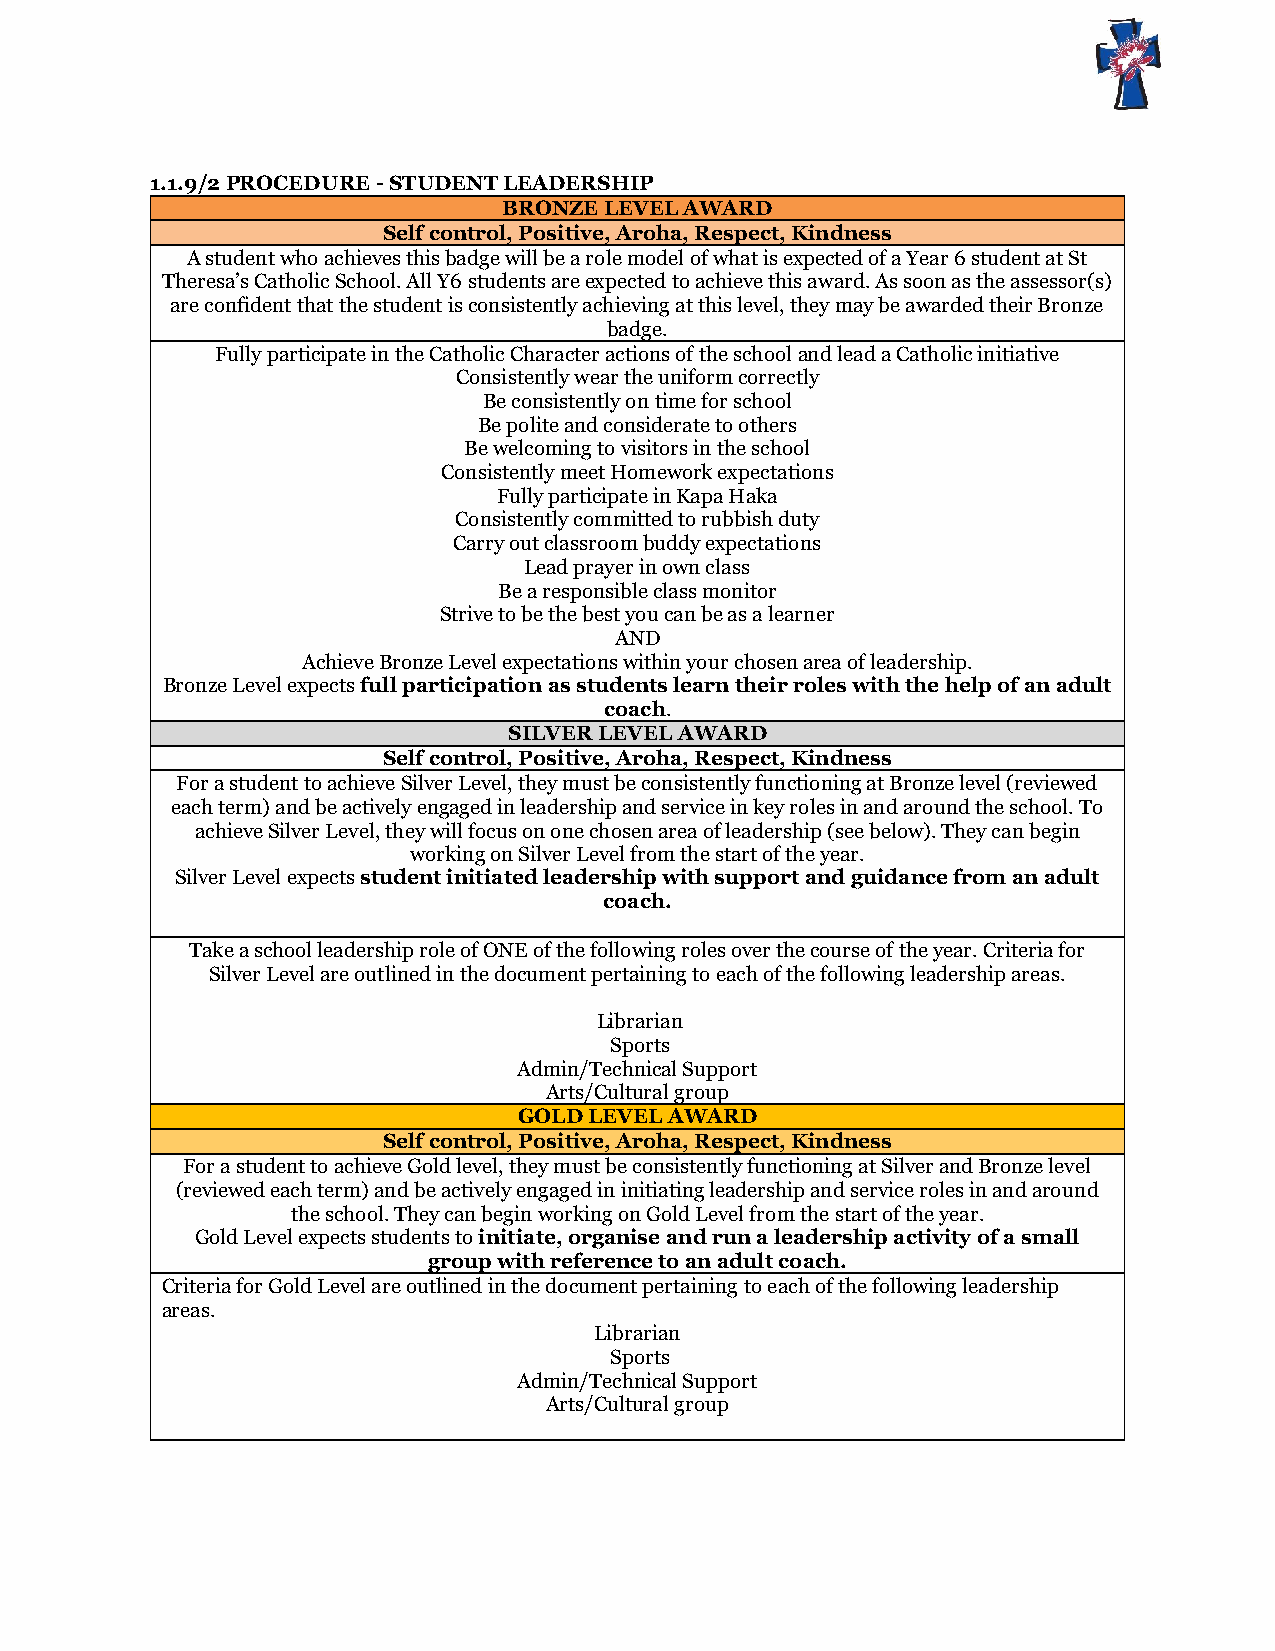
1.1.9/2 PROCEDURE - STUDENT LEADERSHIP
 BRONZE LEVEL AWARD
 Self control, Positive, Aroha, Respect, Kindness
 A student who achieves this badge will be a role model of what is expected of a Year 6 student at St
 Theresa’s Catholic School. All Y6 students are expected to achieve this award. As soon as the assessor(s)
 are confident that the student is consistently achieving at this level, they may be awarded their Bronze
 badge.
 Fully participate in the Catholic Character actions of the school and lead a Catholic initiative
 Consistently wear the uniform correctly
 Be consistently on time for school
 Be polite and considerate to others
 Be welcoming to visitors in the school
 Consistently meet Homework expectations
 Fully participate in Kapa Haka
 Consistently committed to rubbish duty
 Carry out classroom buddy expectations
 Lead prayer in own class
 Be a responsible class monitor
 Strive to be the best you can be as a learner
 AND
 Achieve Bronze Level expectations within your chosen area of leadership.
 Bronze Level expects full participation as students learn their roles with the help of an adult
 coach.
 SILVER LEVEL AWARD
 Self control, Positive, Aroha, Respect, Kindness
 For a student to achieve Silver Level, they must be consistently functioning at Bronze level (reviewed
 each term) and be actively engaged in leadership and service in key roles in and around the school. To
 achieve Silver Level, they will focus on one chosen area of leadership (see below). They can begin
 working on Silver Level from the start of the year.
 Silver Level expects student initiated leadership with support and guidance from an adult
 coach.
 Take a school leadership role of ONE of the following roles over the course of the year. Criteria for
 Silver Level are outlined in the document pertaining to each of the following leadership areas.
 Librarian
 Sports
 Admin/Technical Support
 Arts/Cultural group
 GOLD LEVEL AWARD
 Self control, Positive, Aroha, Respect, Kindness
 For a student to achieve Gold level, they must be consistently functioning at Silver and Bronze level
 (reviewed each term) and be actively engaged in initiating leadership and service roles in and around
 the school. They can begin working on Gold Level from the start of the year.
 Gold Level expects students to initiate, organise and run a leadership activity of a small
 group with reference to an adult coach.
 Criteria for Gold Level are outlined in the document pertaining to each of the following leadership
 areas.
 Librarian
 Sports
 Admin/Technical Support
 Arts/Cultural group